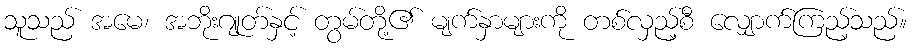
သူသည် အမေ၊ အဘိုးဂျုတ်နှင့် တွမ်တို့၏ မျက်နှာများကို တစ်လှည့်စီ လျှောက်ကြည့်သည်။